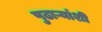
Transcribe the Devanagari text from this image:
पुढाऱ्यांशी